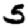
Digit: 5